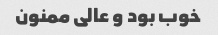
خوب بود و عالی ممنون